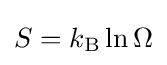
S=k_{\mathrm {B} }\,\mathrm {ln} \,\Omega